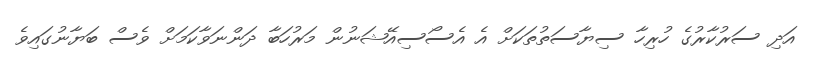
އަދި ސަރުކާރުގެ ހުރިހާ ސިޔާސަތުތަކަށް އެ އެސޯސިއޭޝަނުން މަރުހަބާ ދަންނަވާކަމަށް ވެސް ބަޔާނުގައިވެ